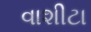
વાશીટા